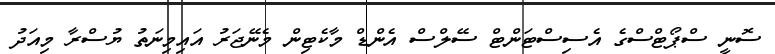
ސޮނީ ސްޕޯޓްސްގެ އެސިސްޓަންޓް ސޭލްސް އެންޑް މާކެޓިން މެނޭޖަރު އައިމިނަތު ޔުސްރާ މިއަދު